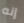
إنه